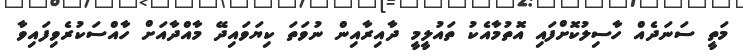
މަތީ ސަނަދެއް ހާސިލުކޮށްފައި އޮތުމާއެކު ތައުލީމީ ދާއިރާއިން ނުވަތަ ކިޔަވައިދޭ މާއްދާއަށް ހާއްސަކުރެވިފައިވާ